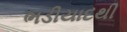
ભડીયાદથી